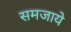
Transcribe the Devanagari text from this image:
समजाये